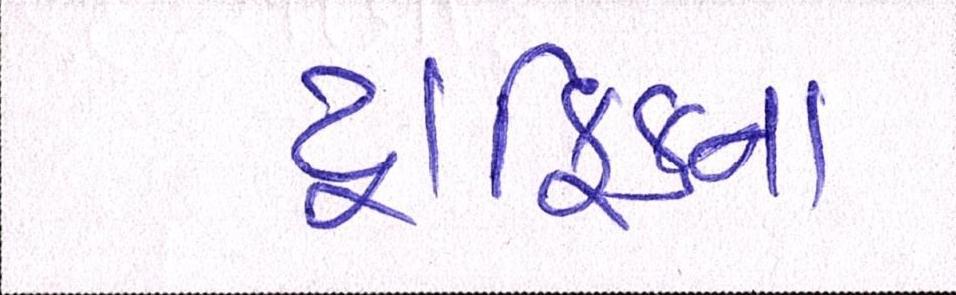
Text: ટ્રાફિકના